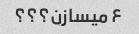
۶ میسازن؟؟؟